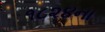
૧૮૨૪ના